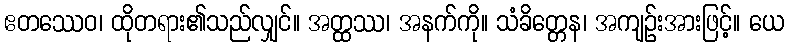
ဧတဿေဝ၊ ထိုတရား၏သည်လျှင်။ အတ္ထဿ၊ အနက်ကို။ သံခိတ္တေန၊ အကျဉ်းအားဖြင့်။ ယေ